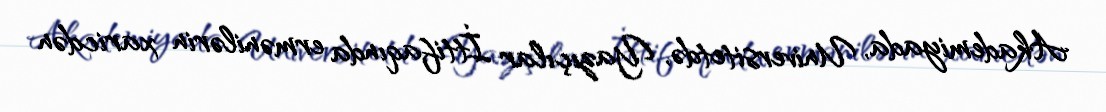
Akademiyada, Universitetdə, Yazıçılar İttifaqında ermənilərin xaricdən